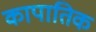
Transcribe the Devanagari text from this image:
कापातिक